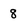
Character: 8